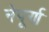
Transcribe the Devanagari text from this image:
नेपूर्ण